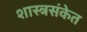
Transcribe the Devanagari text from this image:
शास्त्रसंकेत